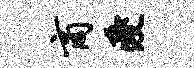
商爱